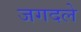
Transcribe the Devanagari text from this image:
जगदले